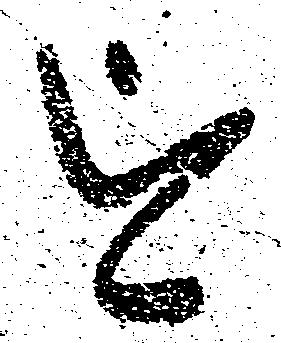
を